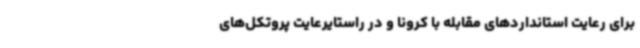
برای رعایت استانداردهای مقابله با کرونا و در راستایرعایت پروتکل‌های